system: You are a helpful assistant.
user:
Analyze the provided spectrum to determine if it is a **Carbon Star (C-type)**.

- **Key Visual Indicators of Carbon Star:**
    - **(Primary):** Strong molecular absorption from **C₂ (diatomic carbon) "Swan Bands."** This is the **defining feature** of a carbon star.
        - **(Key Bandheads):** Sharp absorption edges are visible at approximately $5635$ Å, $5165$ Å (the strongest band), and $4737$ Å.
        - **(Line Profile):** Creates a distinct **"saw-tooth"** pattern. The key morphology is a sharp, steep bandhead on the **red (long-wavelength) side**, which then gradually tapers off (i.e., flux recovers) towards the **blue (short-wavelength) side**. *(This is the direct opposite of the TiO bands seen in M-type stars)*.

    - **(Secondary):** Intense **CN (cyanogen)** molecular absorption bands.
        - **(Key Bandheads):** Located in the blue and violet regions of the spectrum (e.g., near $4215$ Å and $3883$ Å).
        - **(Morphology):** These bands are extremely broad and act as a "blanket," absorbing the vast majority of blue and violet light. This creates a characteristic **"cliff"** or **"steep drop-off"** in the spectrum's flux at short wavelengths.

    - **(Key Confirmation):** Strong **CH absorption band (G-band)**.
        - **(Key Bandhead):** Located around $4300$ Å. The contribution from CH molecules to this band is exceptionally strong.

    - **(Overall Spectrum):**
        - The continuum is severely "chopped up" by these deep molecular bands, especially C₂, rather than appearing as a smooth curve.
        - Due to the heavy CN and C₂ absorption in the blue-green, the vast majority of the star's flux is concentrated in the red part of the spectrum, giving the star its characteristic deep red color.

Think first, call **spectral_visualization_tool** if needed to examine features in detail, then provide your final answer. Your response must adhere to the following strict rules:
1.  **Overall Structure:** Your response must follow the format `<think>...</think> <tool_call>...</tool_call> (if a tool is used) <answer>...</answer>`.
2.  **Tool Usage Constraint:** You may only make **one** tool call per turn.
3.  **Final Answer Format:** In the `<answer>` tag, your conclusion must be inside a `\boxed{}` command (e.g., `\boxed{YES}`), followed by your justification.

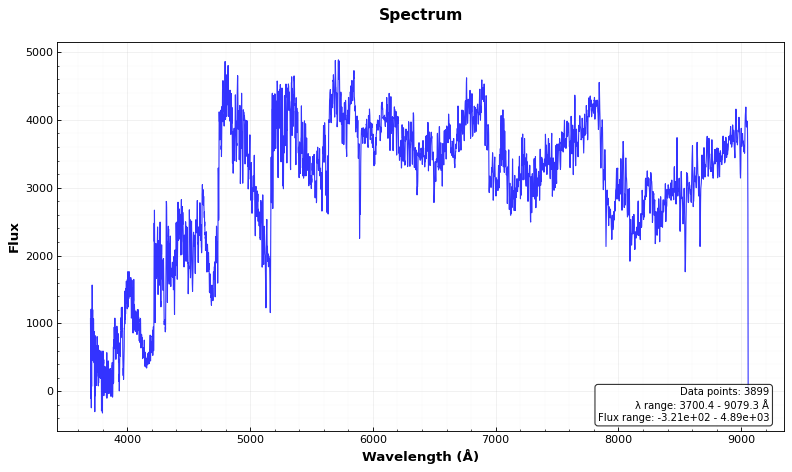
Answer: YES